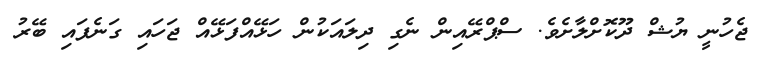
ޖެހުނީ ޔުޝް ދޫކޮށްލާށެވެ. ސްޕްރޭއިން ނެގި ދިލައަކުން ހަޅޭއްފަޅޭއް ޖަހައި ގަނެފައި ބޭރު